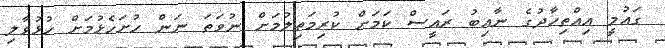
ގައުމީ އިއްތިހާދުގެ ނާއިބު ރައީސް ކަމަށް ކުރިމަތިލުމަށް ނުވަތަ ނަން ހުށަހެޅުމަށް ހުޅުވާލި